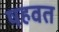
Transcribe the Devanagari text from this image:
षहवत